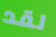
لقد